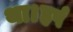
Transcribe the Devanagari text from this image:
था।हर्ष